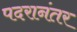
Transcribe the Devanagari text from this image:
पदरानंतर